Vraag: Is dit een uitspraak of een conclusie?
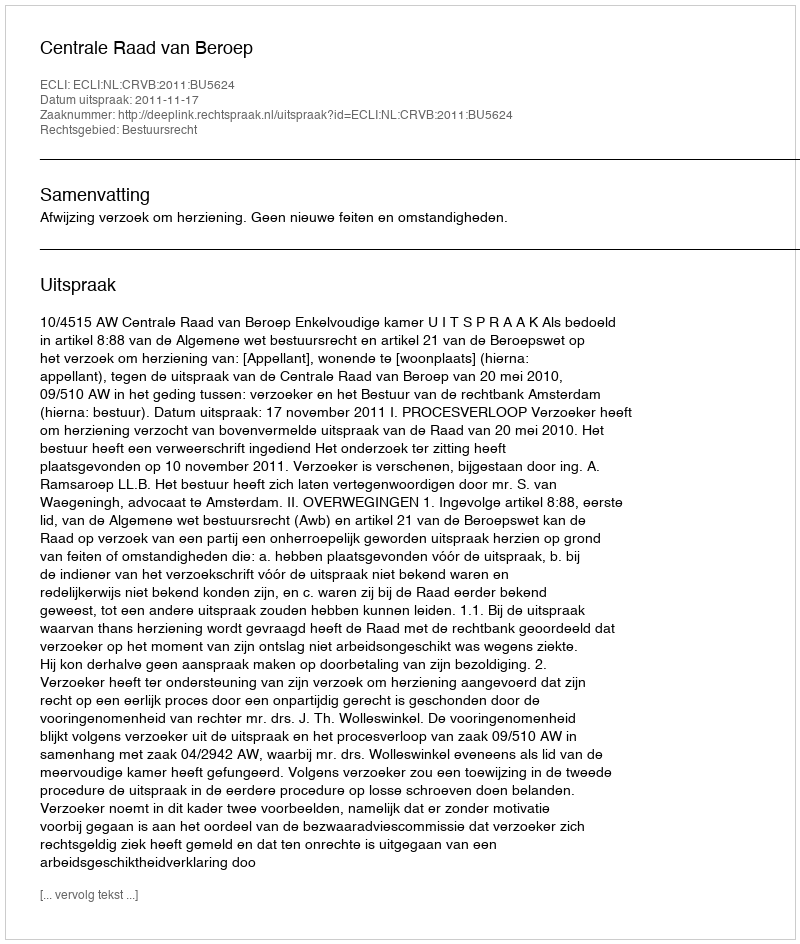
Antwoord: Uitspraak